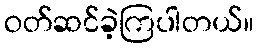
ဝတ်ဆင်ခဲ့ကြပါတယ်။